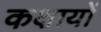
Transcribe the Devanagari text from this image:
कक्षायों